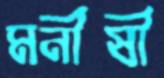
মনীষী